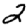
Digit: 2